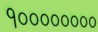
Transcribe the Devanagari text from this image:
१००००००००